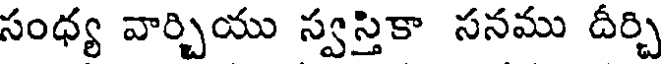
సంధ్య వార్చియు స్వస్తికా సనము దీర్చి